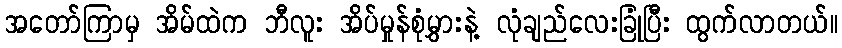
အတော်ကြာမှ အိမ်ထဲက ဘီလူး အိပ်မှုန်စုံမွှားနဲ့ လုံချည်လေးခြုံပြီး ထွက်လာတယ်။